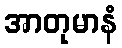
အာတုမာနံ